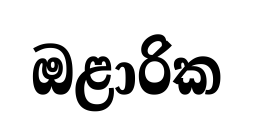
ඔළාරික